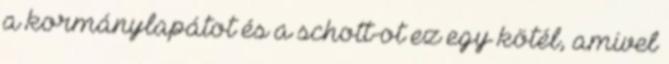
a kormánylapátot és a schott-ot ez egy kötél, amivel